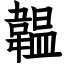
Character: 韞